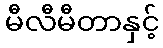
မီလီမီတာနှင့်